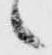
々